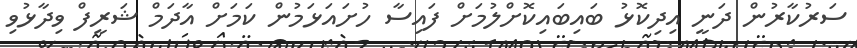
ސަރުކާރުން ދަނީ އިދިކޮޅު ބައިބައިކޮށްލުމަށް ފައިސާ ހުށައަޅަމުން ކަމަށް އާދަމް ޝަރީފް ވިދާޅުވި